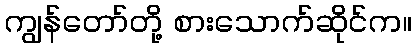
ကျွန်တော်တို့ စားသောက်ဆိုင်က။